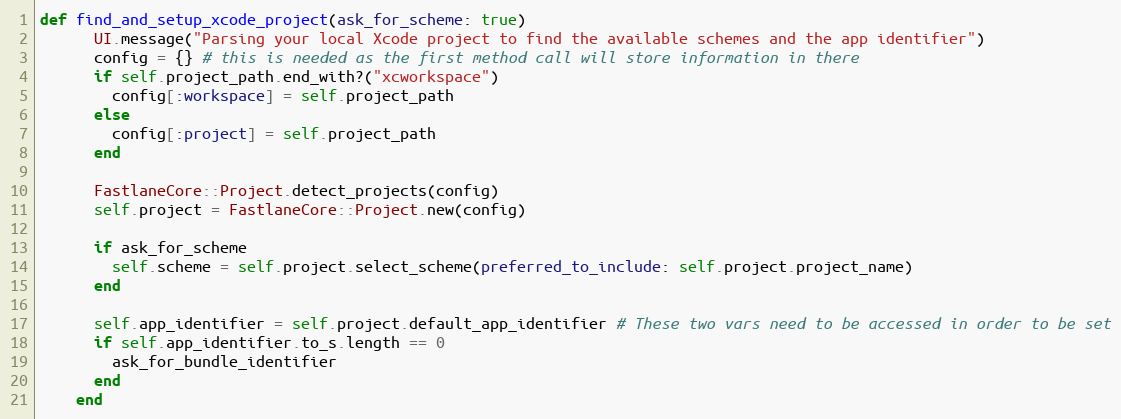
Language: Ruby
def find_and_setup_xcode_project(ask_for_scheme: true)
      UI.message("Parsing your local Xcode project to find the available schemes and the app identifier")
      config = {} # this is needed as the first method call will store information in there
      if self.project_path.end_with?("xcworkspace")
        config[:workspace] = self.project_path
      else
        config[:project] = self.project_path
      end

      FastlaneCore::Project.detect_projects(config)
      self.project = FastlaneCore::Project.new(config)

      if ask_for_scheme
        self.scheme = self.project.select_scheme(preferred_to_include: self.project.project_name)
      end

      self.app_identifier = self.project.default_app_identifier # These two vars need to be accessed in order to be set
      if self.app_identifier.to_s.length == 0
        ask_for_bundle_identifier
      end
    end